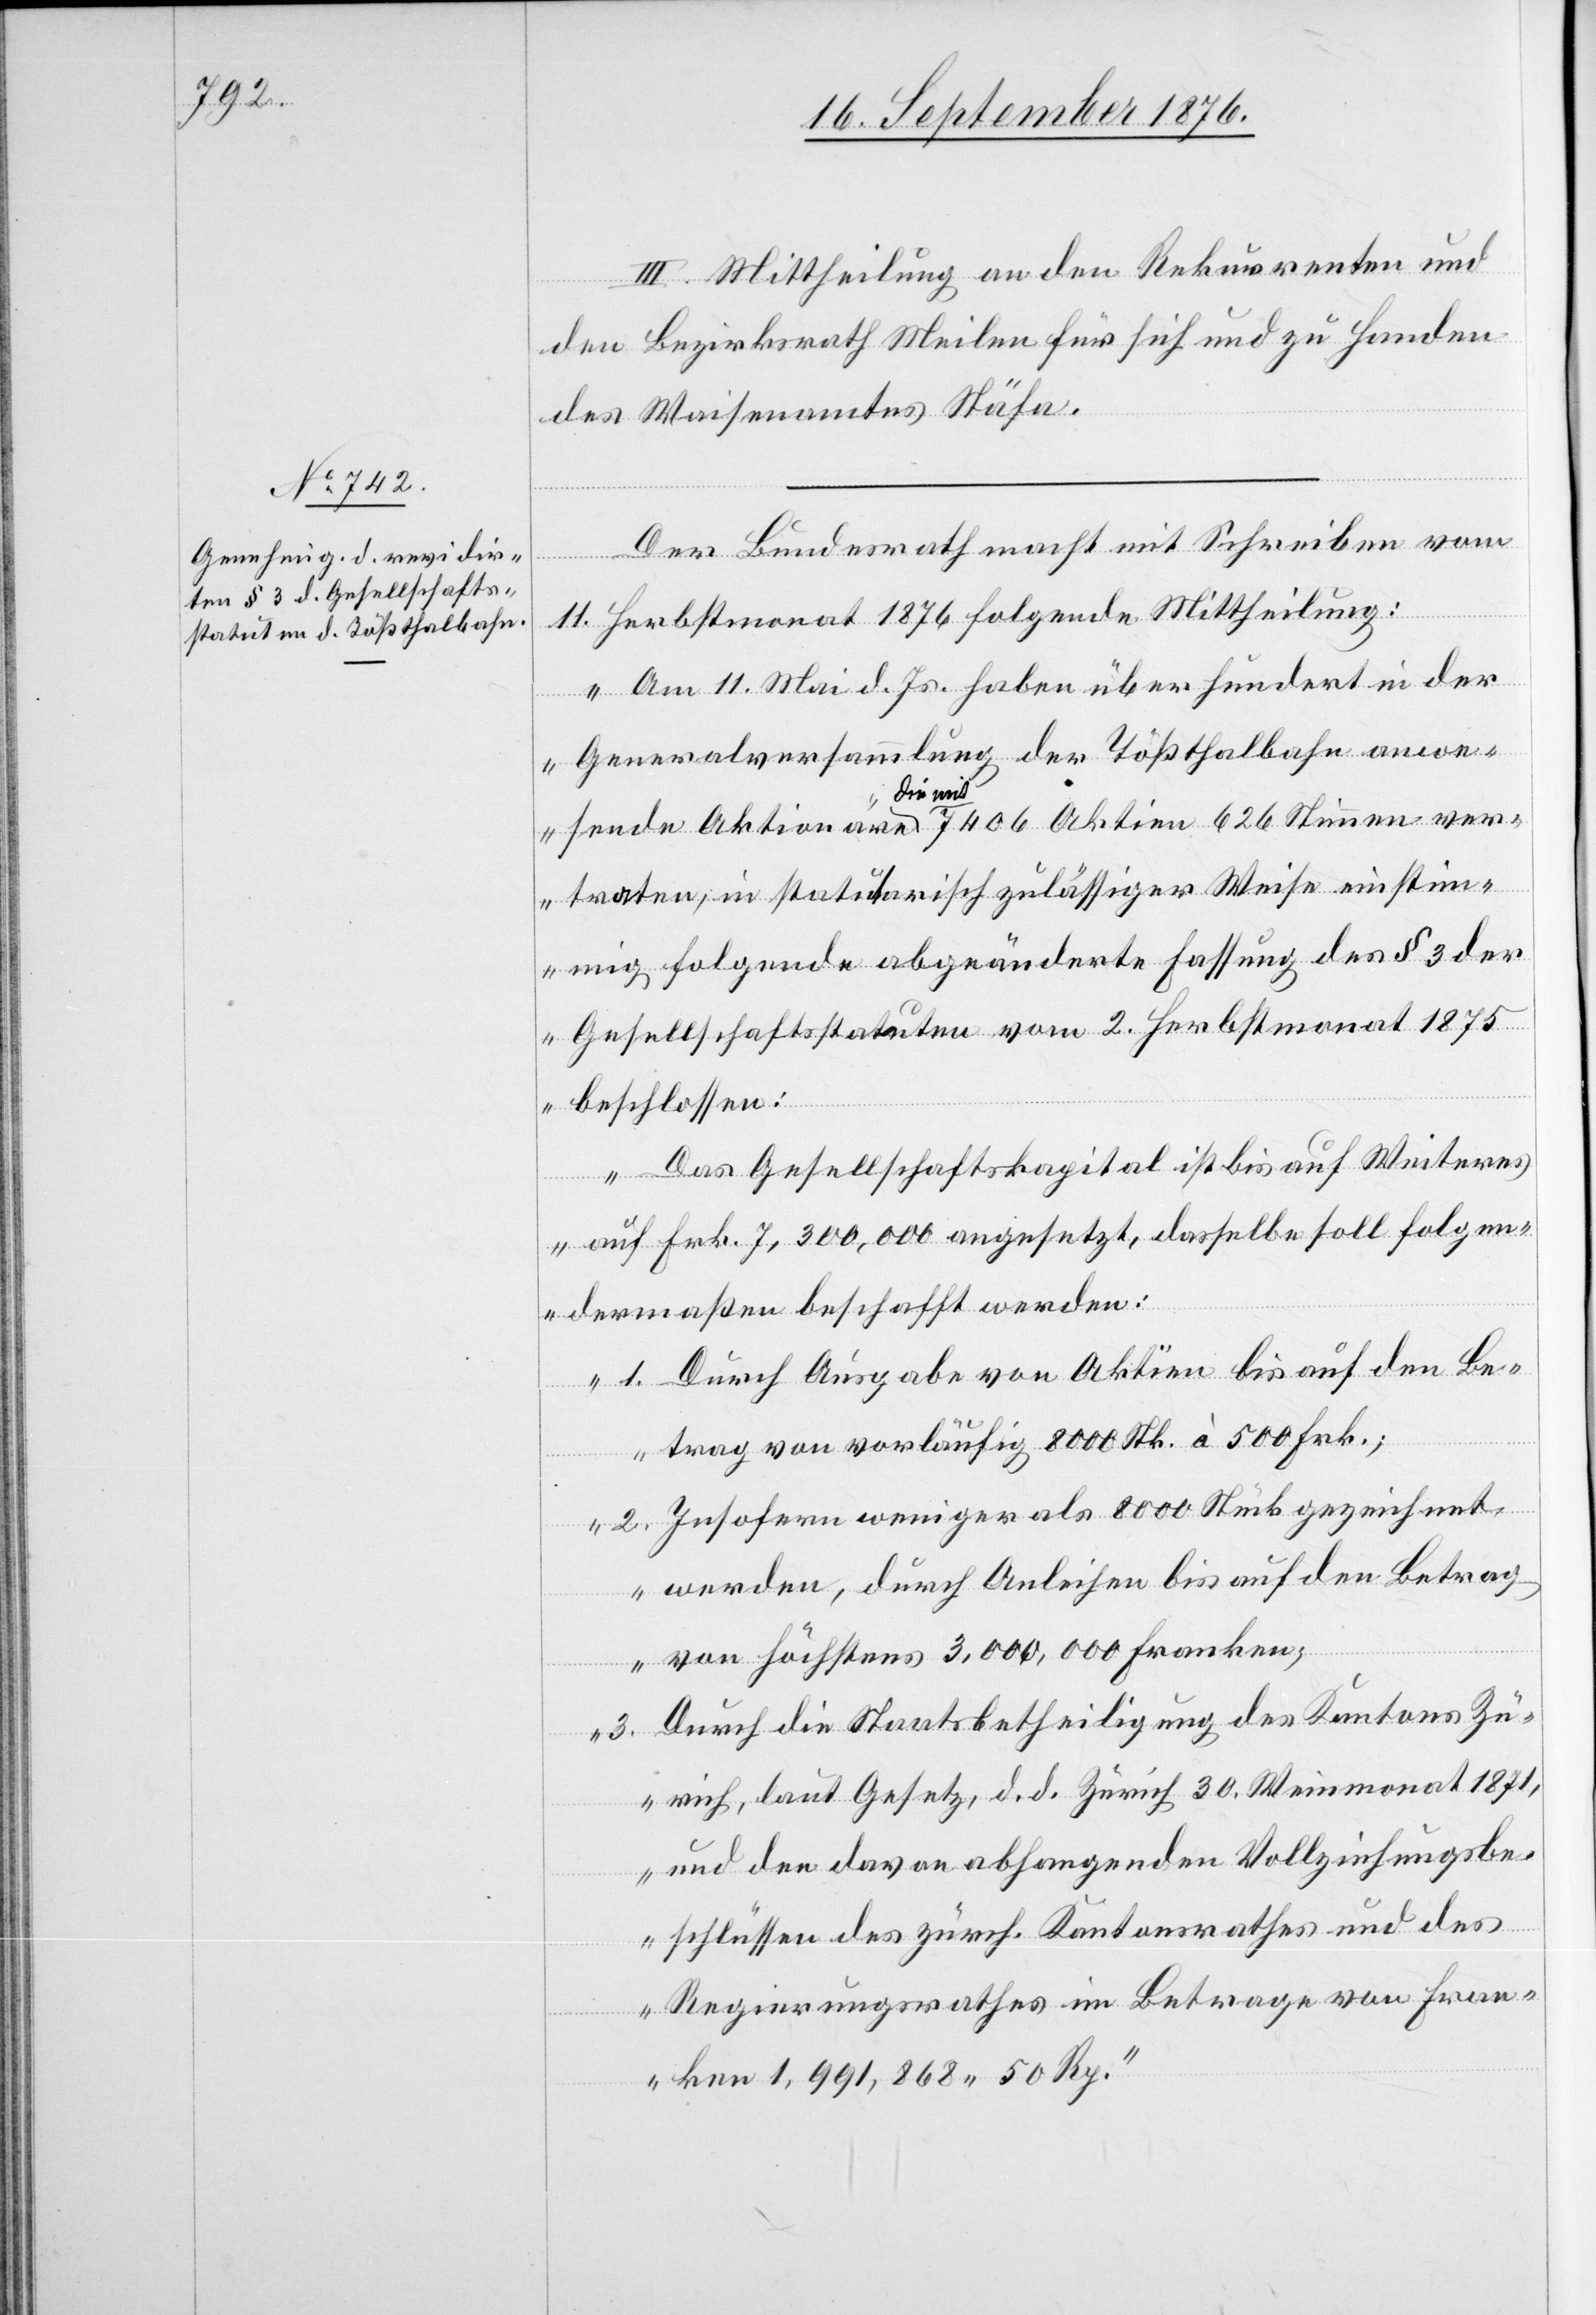
III. Mittheilung an den Rekurrenten und
den Bezirksrath Meilen für sich und zu Handen
des Waisenamtes Stäfa.
Der Bundesrath macht mit Schreiben vom
men
11. Herbstmonat 1876 folgende Mittheilung:
„Am 11. Mai d. Js. haben über hundert in der
ve¬
Generalversammlung der Tößthalbahn anwes¬
die mit
rtraten, in statuarisch zulässiger Weise einstim¬
mig folgende abgeänderte Fassung des § 3 der
Gesellschaftsstatuten vom 2. Herbstmonat 1875
beschlossen:
Das Gesellschaftskapital ist bis auf Weiteres
auf Frk. 7,300,000 angesetzt, dasselbe soll folgen¬
dermaßen beschafft werden:
1. Durch Ausgabe von Aktien bis auf den Be¬
trag von vorläufig 8000 Stk. à 500 Frk.;
2. Insofern weniger als 8000 Stück gezeichnet
werden, durch Anleihen bis auf den Betrag
von höchstens 3,000,000 Franken;
3. Durch die Staatsbetheiligung des Kantons Zü¬
rich, laut Gesetz, d. d. Zürich 30. Weinmonat 1871,
und den davon abhangenden Vollziehungsbe¬
schlüssen des zürch. Kantonsrathes und des
Regierungsrathes im Betrage von Fran¬
ken 1,991,868 50 Rp.